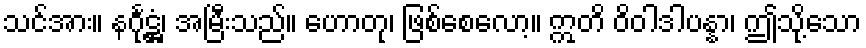
သင်အား။ နင်္ဂုဋ္ဌံ၊ အမြီးသည်။ ဟောတု၊ ဖြစ်စေလော့။ ဣတိ ဝိဝါဒါပန္နာ၊ ဤသို့သော